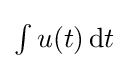
\textstyle \int u(t)\,\mathrm {d} t